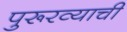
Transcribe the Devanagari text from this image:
पुरूरव्याची